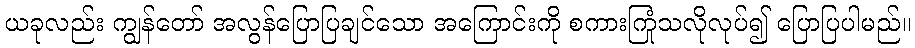
ယခုလည်း ကျွန်တော် အလွန်ပြောပြချင်သော အကြောင်းကို စကားကြုံသလိုလုပ်၍ ပြောပြပါမည်။